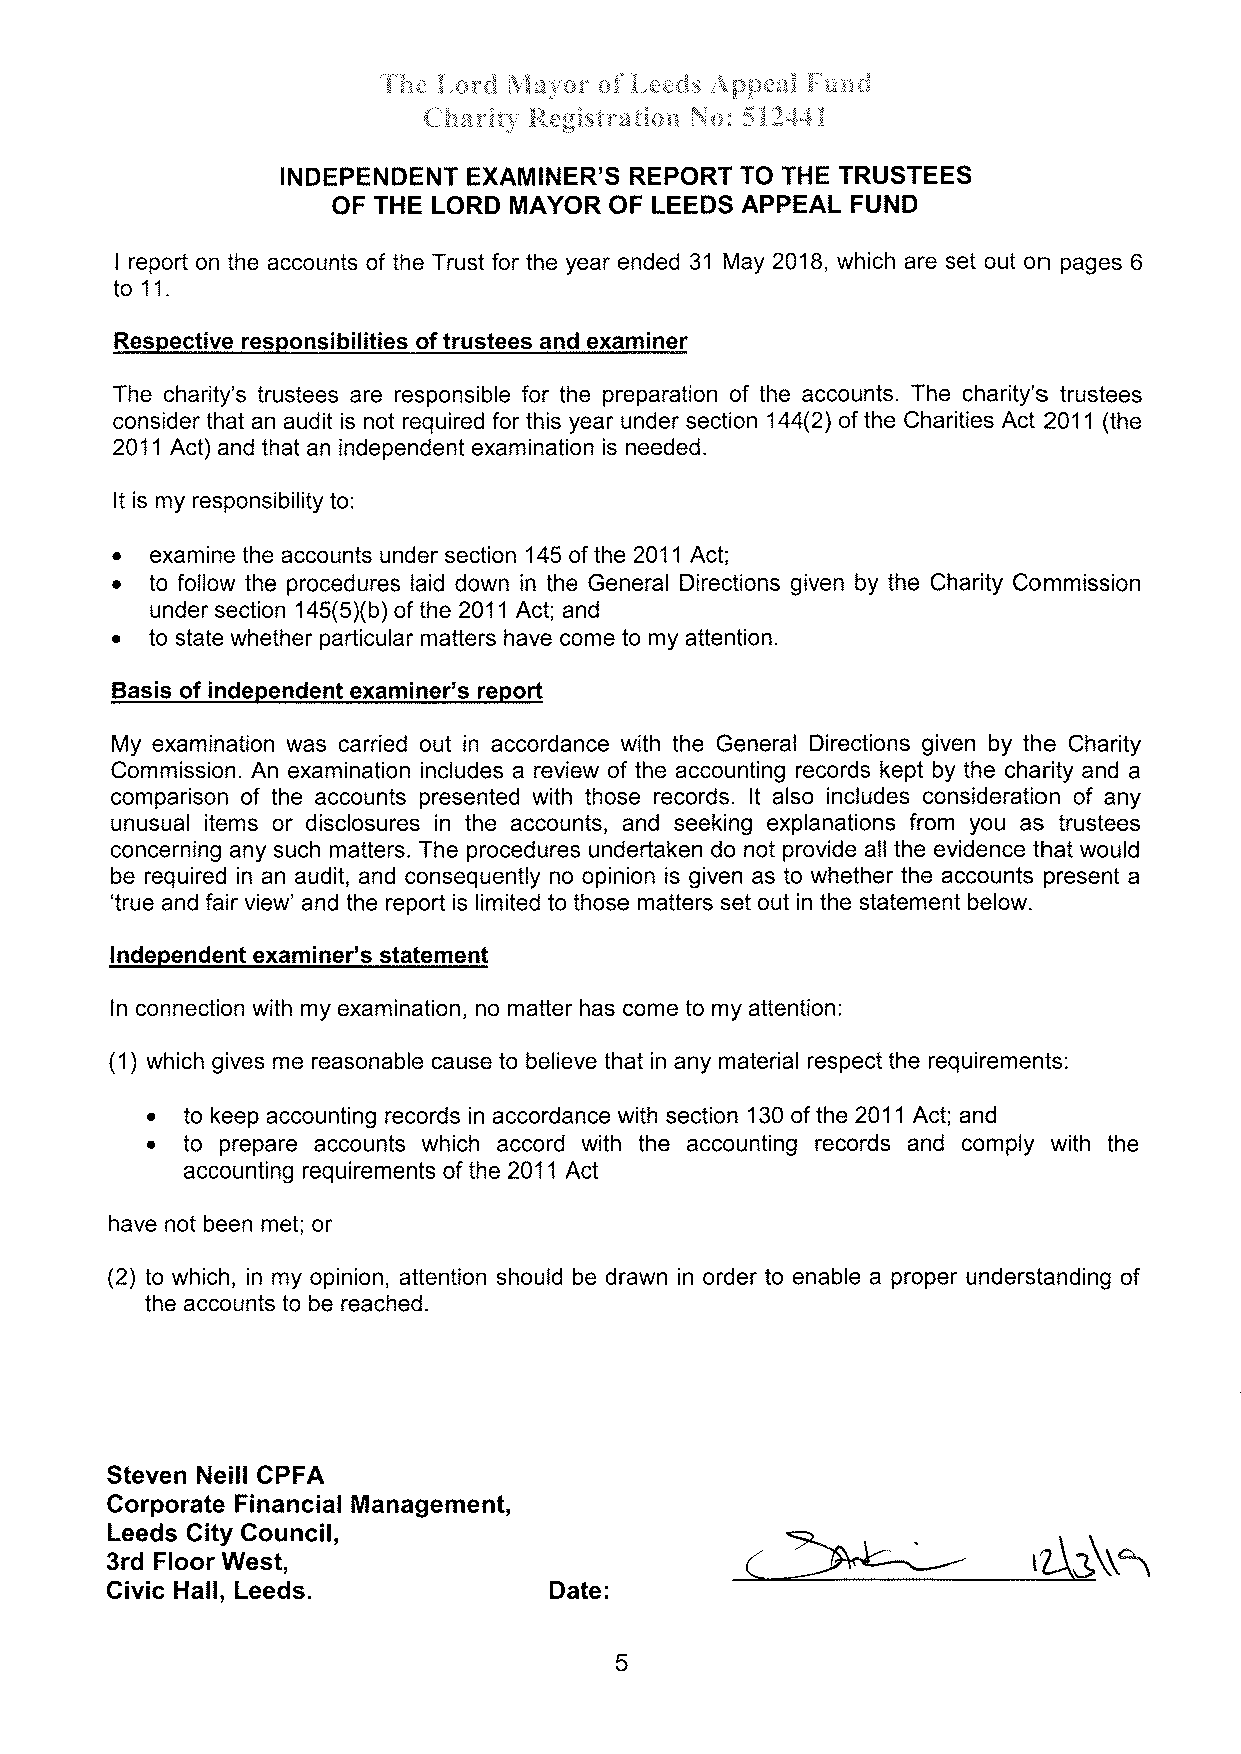
.f'k*
 å-ûc"d þlnl¿rr q;{ å,e*d.s .ApBe*i Fu;:¿'å
 *:
 {"lfuavÀrl' å{.*gisf r.nûå*:* N S å 2d4 å
 INDEPENDENT EXAMINER'S REPORT TO THE TRUSTEES
 OF THE LORD MAYOR OF LEEDS APPEAL FUND
 I report on the accounts of the Trust for the year ended 31 May 2018, which are set out on pages 6
 to 11.
 Respective responsibilities of trustees and examiner
 The charity's trustees are responsible for the preparation of the accounts. The charity's trustees
 consider that an audit is not required for this year under section 144(2) of the Charities Act 2011 (the
 2011 Act) and that an independent examination is needed.
 It is my responsibility to
 .
 examine the accounts under section 145 of the 2011 Act;
 o
 to follow the procedures laid down in the General Directions given by the Charity Commission
 under section 145(5Xb) of the 2011 Act; and
 .
 to state whether particular matters have come to my attention.
 Basis of independent examiner's report
 My examination was carried out in accordance with the General Directions given by the Charity
 Commission. An examination includes a review of the accounting records kept by the charity and a
 comparison of the accounts presented with those records. lt also includes consideration of any
 unusual items or disclosures in the accounts, and seeking explanations from you as trustees
 concerning any such matters. The procedures undertaken do not provide all the evidence that would
 be required in an audit, and consequently no opinion is given as to whether the accounts present a
 'true and fair view' and the report is limited to those matters set out in the statement below.
 ndependent exami ner's statement
 I
 ln connection with my examination, no matter has come to my attention
 (1) which gives me reasonable cause to believe that in any material respect the requirements
 ¡
 to keep accounting records in accordance with section 130 of the 2011 Act; and
 . to prepare accounts which accord with the accounting records and comply with the
 accounting requirements of the 2011 AcT
 have not been met; or
 (2) to which, in my opinion, attention should be drawn in order to enable a proper understanding of
 the accounts to be reached.
 Steven Neill CPFA
 Corporate Financial Management,
 >----
 Leeds City Council,                       (
 ,Ag\\\
 3rd Floor West,
 Givic Hall, Leeds.           Date
 5